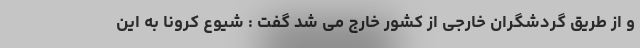
و از طریق گردشگران خارجی از کشور خارج می شد گفت : شیوع کرونا به این